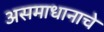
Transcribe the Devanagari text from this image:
असमाधानाचे